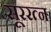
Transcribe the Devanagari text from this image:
सूररत्‍न